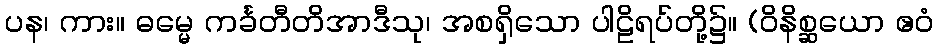
ပန၊ ကား။ ဓမ္မေ ကင်္ခတီတိအာဒီသု၊ အစရှိသော ပါဠိရပ်တို့၌။ (ဝိနိစ္ဆယော ဧဝံ